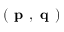
\left( \textbf { p } , \textbf { q } \right)